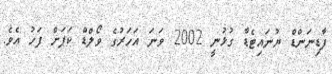
ފާޑިނަންޑް ޔުނައިޓެޑާ ގުޅުނީ 2002 ވަނަ އަހަރުގެ ވޯލްޑް ކަޕަށް ފަހު އެވެ.